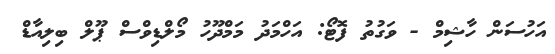
އަހުސަން ހާޝިމް - ވަގުތު ފޮޓޯ: އަހްމަދު މަމްދޫހު މޯލްޑިވްސް ޕޫލް ބިލިއާޑް